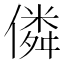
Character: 僯